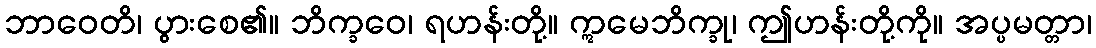
ဘာဝေတိ၊ ပွားစေ၏။ ဘိက္ခဝေ၊ ရဟန်းတို့။ ဣမေဘိက္ခု၊ ဤဟန်းတို့ကို။ အပ္ပမတ္တာ၊